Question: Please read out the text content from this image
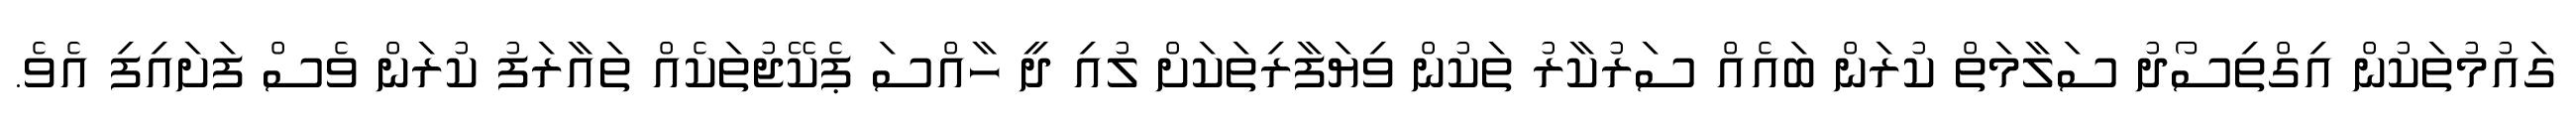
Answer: ގައުމުތަކުން އިގްތިސޯދު ސަލާމަތް ކުރަން ބައެއް ސަރުކާރު ތަކުން ވިޔަފާރިތަކަށް ލުއި ދީ ހާއްސަ ޕެކޭޖުތަކެއް ތައާރަފު ކުރަން ވެސް ފަށައިފި އެވެ.